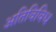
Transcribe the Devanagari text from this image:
अतिविविध